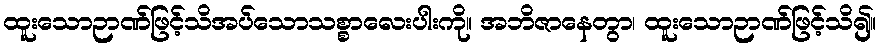
ထူးသောဉာဏ်ဖြင့်သိအပ်သောသစ္စာလေးပါးကို။ အဘိဇာနေတွာ၊ ထူးသောဉာဏ်ဖြင့်သိ၍။